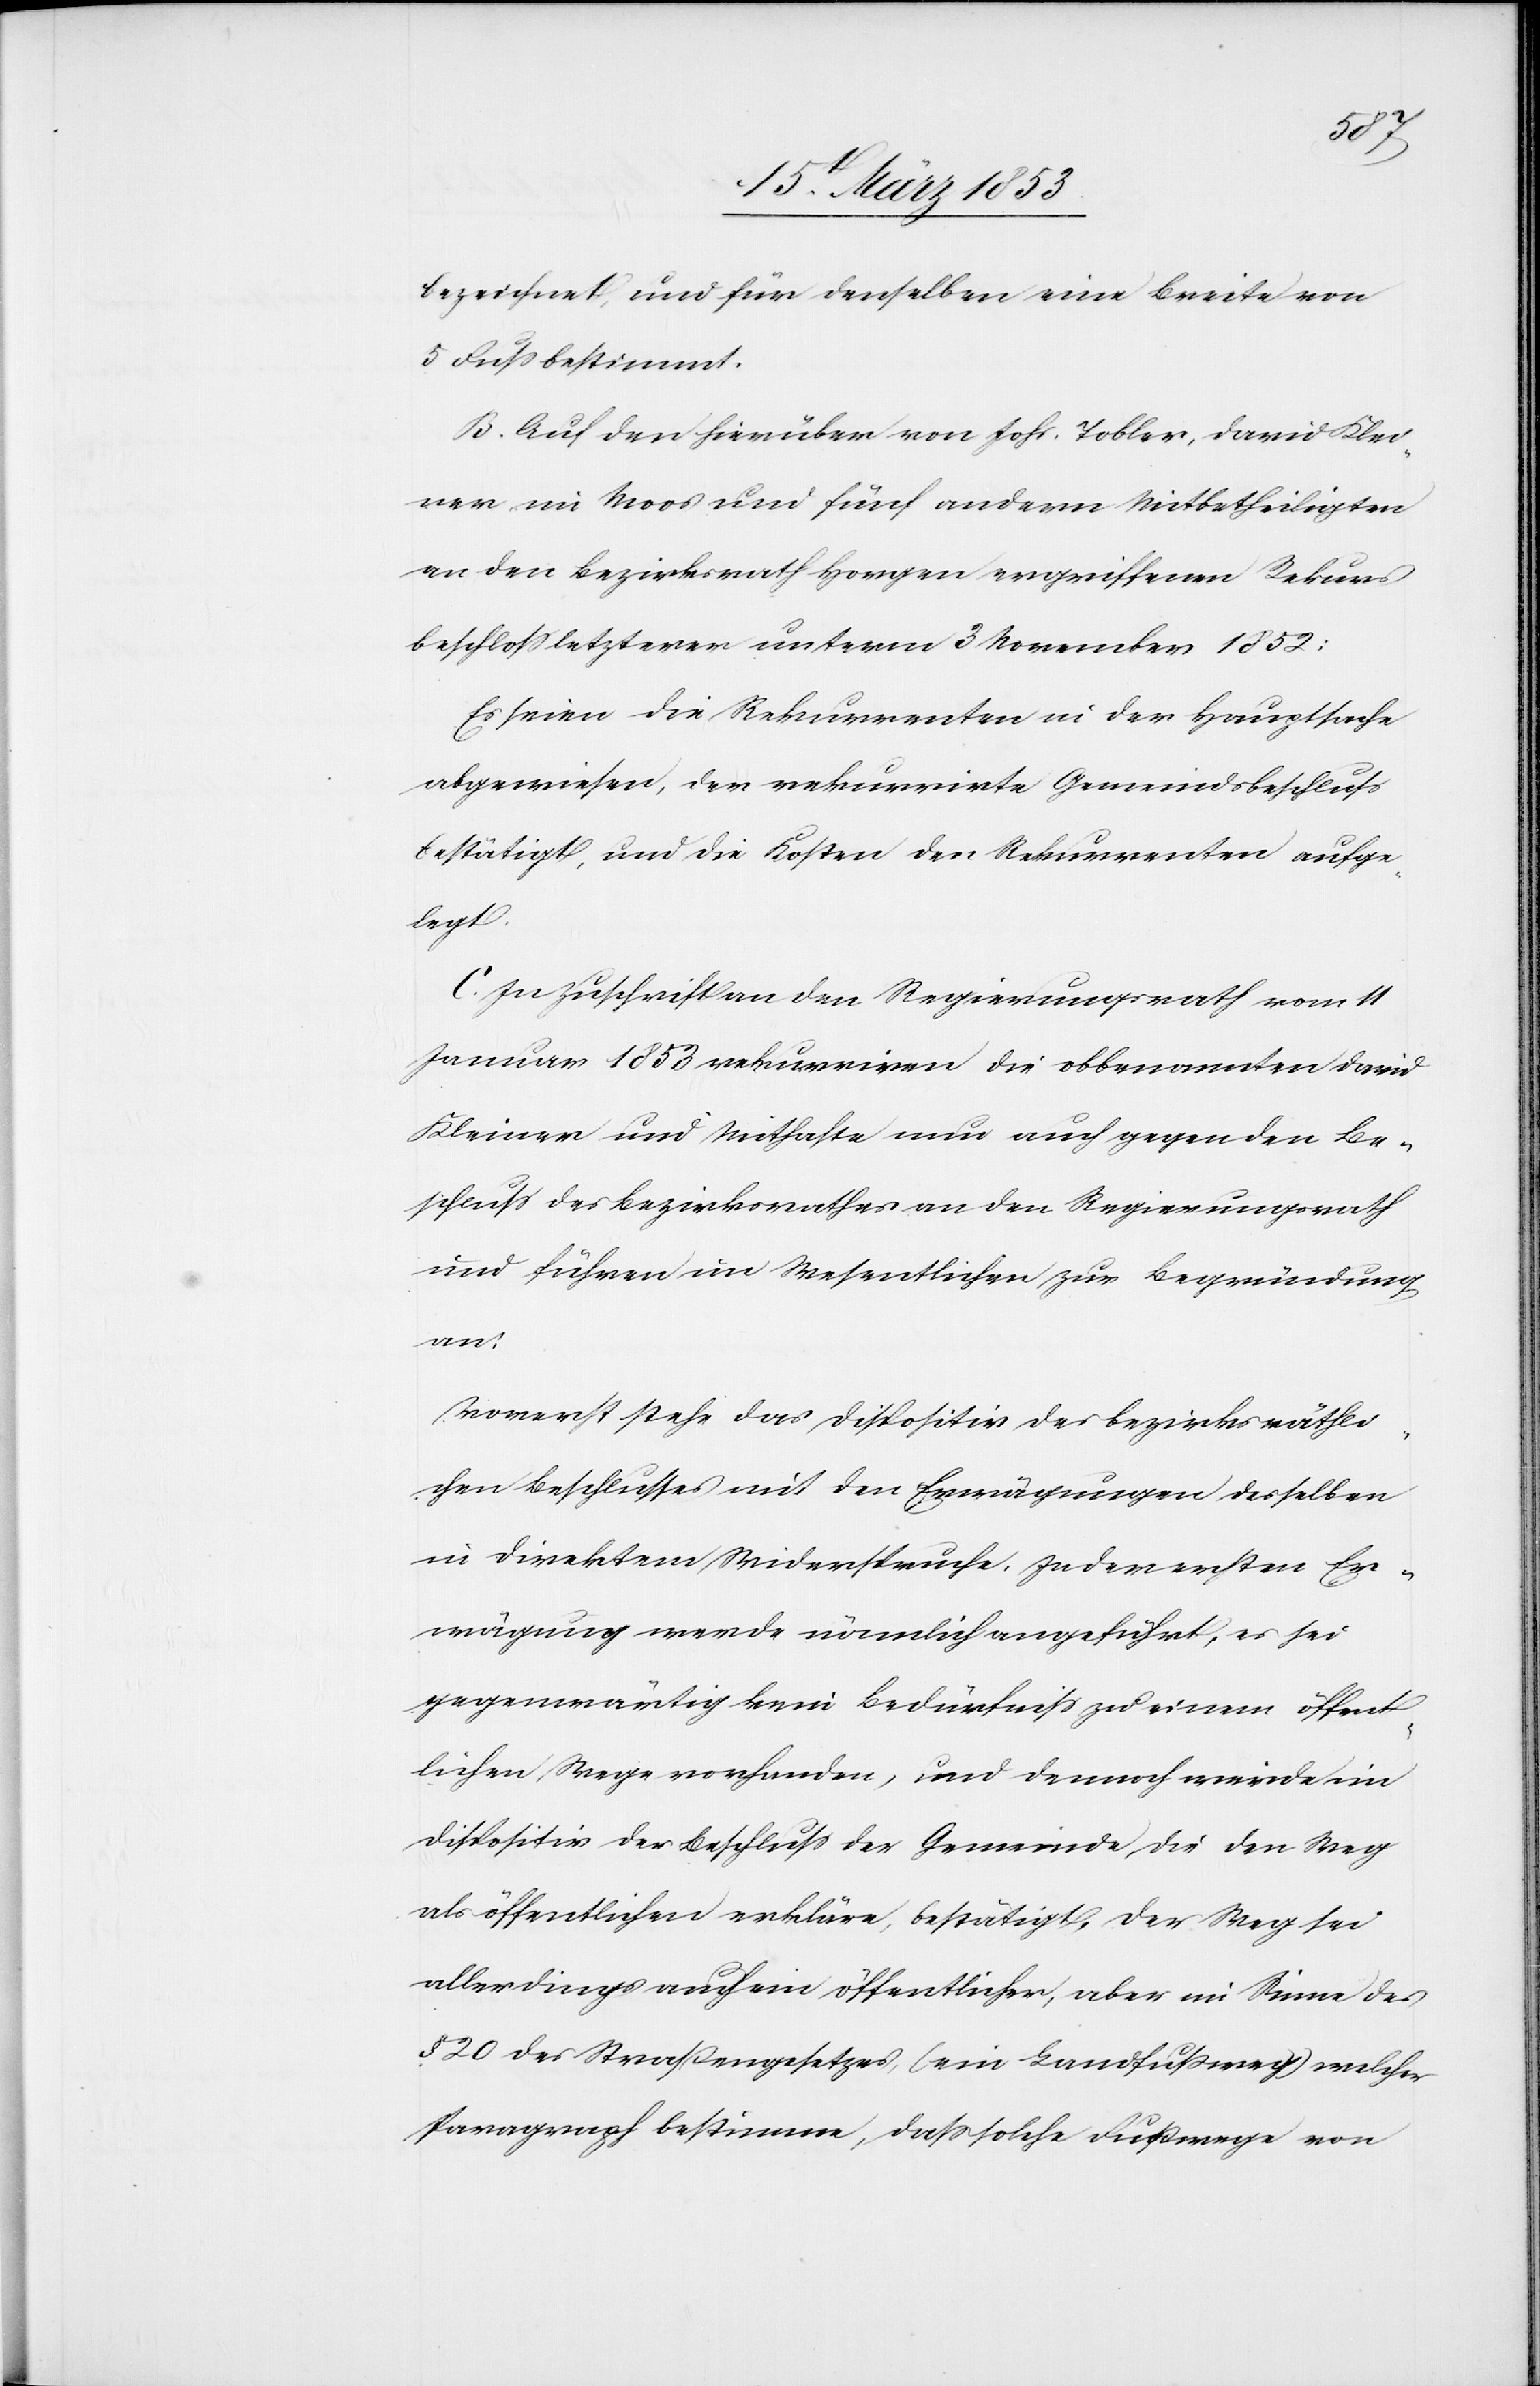
bezeichnet, und für denselben eine Breite von
5 Fuß bestimmt.
Auf den hierüber von Johs. Tobler, David Klei¬
ner im Moos und fünf andern Mitbetheiligten
an den Bezirksrath Horgen ergriffenen Rekurs
beschloß letzterer unterm 3 November 1852:
Es seien die Rekurrenten in der Hauptsache
abgewiesen, der rekurrirte Gemeindsbeschluß
bestätigt, und die Kosten der Rekurrenten aufge¬
legt.
In Zuschriften an den Regierungsrath vom 11
Januar 1853 rekurriren die obbenannten David
Kleiner und Mithafte nun auch gegen den Be¬
schluß des Bezirksrathes an den Regierungsrath
und führen im Wesentlichen zur Begründung
an:
Vorerst stehe das Dispositiv des bezirksräthli¬
chen Beschlusses mit den Erwägungen desselben
in direktem Widerspruche. In der ersten Er¬
wägung werde nämlich angeführt, es sei
gegenwärtig kein Bedürfniß zu einem öffent¬
lichen Wege vorhanden, und dennoch werde im
Dispositiv der Beschluß der Gemeinde die den Weg
als öffentlichen erkläre, bestätigt, der Weg sei
allerdings auch ein öffentlicher, aber im Sinne des
§ 20 des Straßengesetzes (ein Landfußweg) welcher
Paragraph bestimme, daß solche Fußwege von